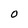
Character: O